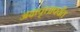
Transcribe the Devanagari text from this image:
अक्षवृत्तापर्यंत